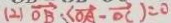
( 2 ) \overrightarrow { O B } : ( \overrightarrow { O A } - \overrightarrow { O C } ) = 0